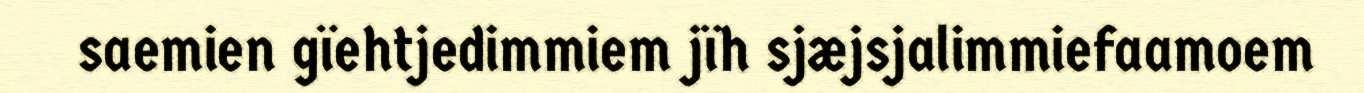
saemien gïehtjedimmiem jïh sjæjsjalimmiefaamoem